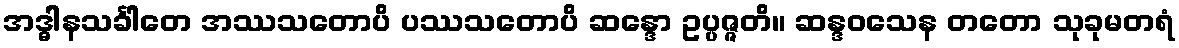
အဒ္ဓါနသင်္ခါတေ အဿသတောပိ ပဿသတောပိ ဆန္ဒော ဥပ္ပဇ္ဇတိ။ ဆန္ဒဝသေန တတော သုခုမတရံ